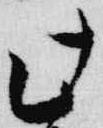
此